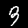
Digit: 3